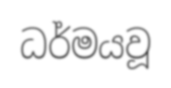
ධර්මයවූ